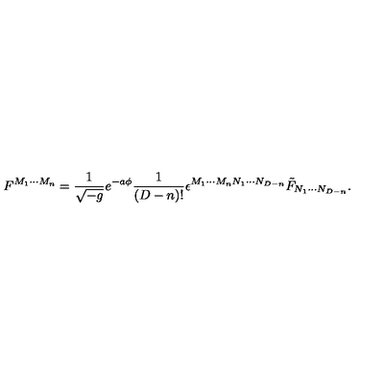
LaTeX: F ^ { M _ { 1 } \cdots M _ { n } } = { \frac { 1 } { \sqrt { - g } } } e ^ { - a \phi } { \frac { 1 } { ( D - n ) ! } } \epsilon ^ { M _ { 1 } \cdots M _ { n } N _ { 1 } \cdots N _ { D - n } } \tilde { F } _ { N _ { 1 } \cdots N _ { D - n } } .